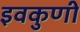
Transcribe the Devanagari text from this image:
इवकुणी